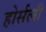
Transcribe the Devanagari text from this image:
होर्सली